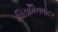
વિટામિનવોટર